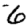
Digit: 6